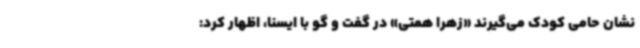
نشان حامی کودک می‌گیرند «زهرا همتی» در گفت و گو با ایسنا، اظهار کرد: